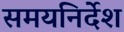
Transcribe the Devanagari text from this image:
समयनिर्देश